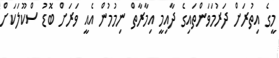
މީގެ އިތުރަށް ދަރުމަވަންތައިގެ ދާއިމީ އިމާރާތް ނިމުމުން އެއީ ވަރަށް ބޮޑު ސްކޫލަކަށް